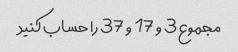
مجموع 3 و 17 و 37 را حساب کنید